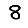
Digit: 8